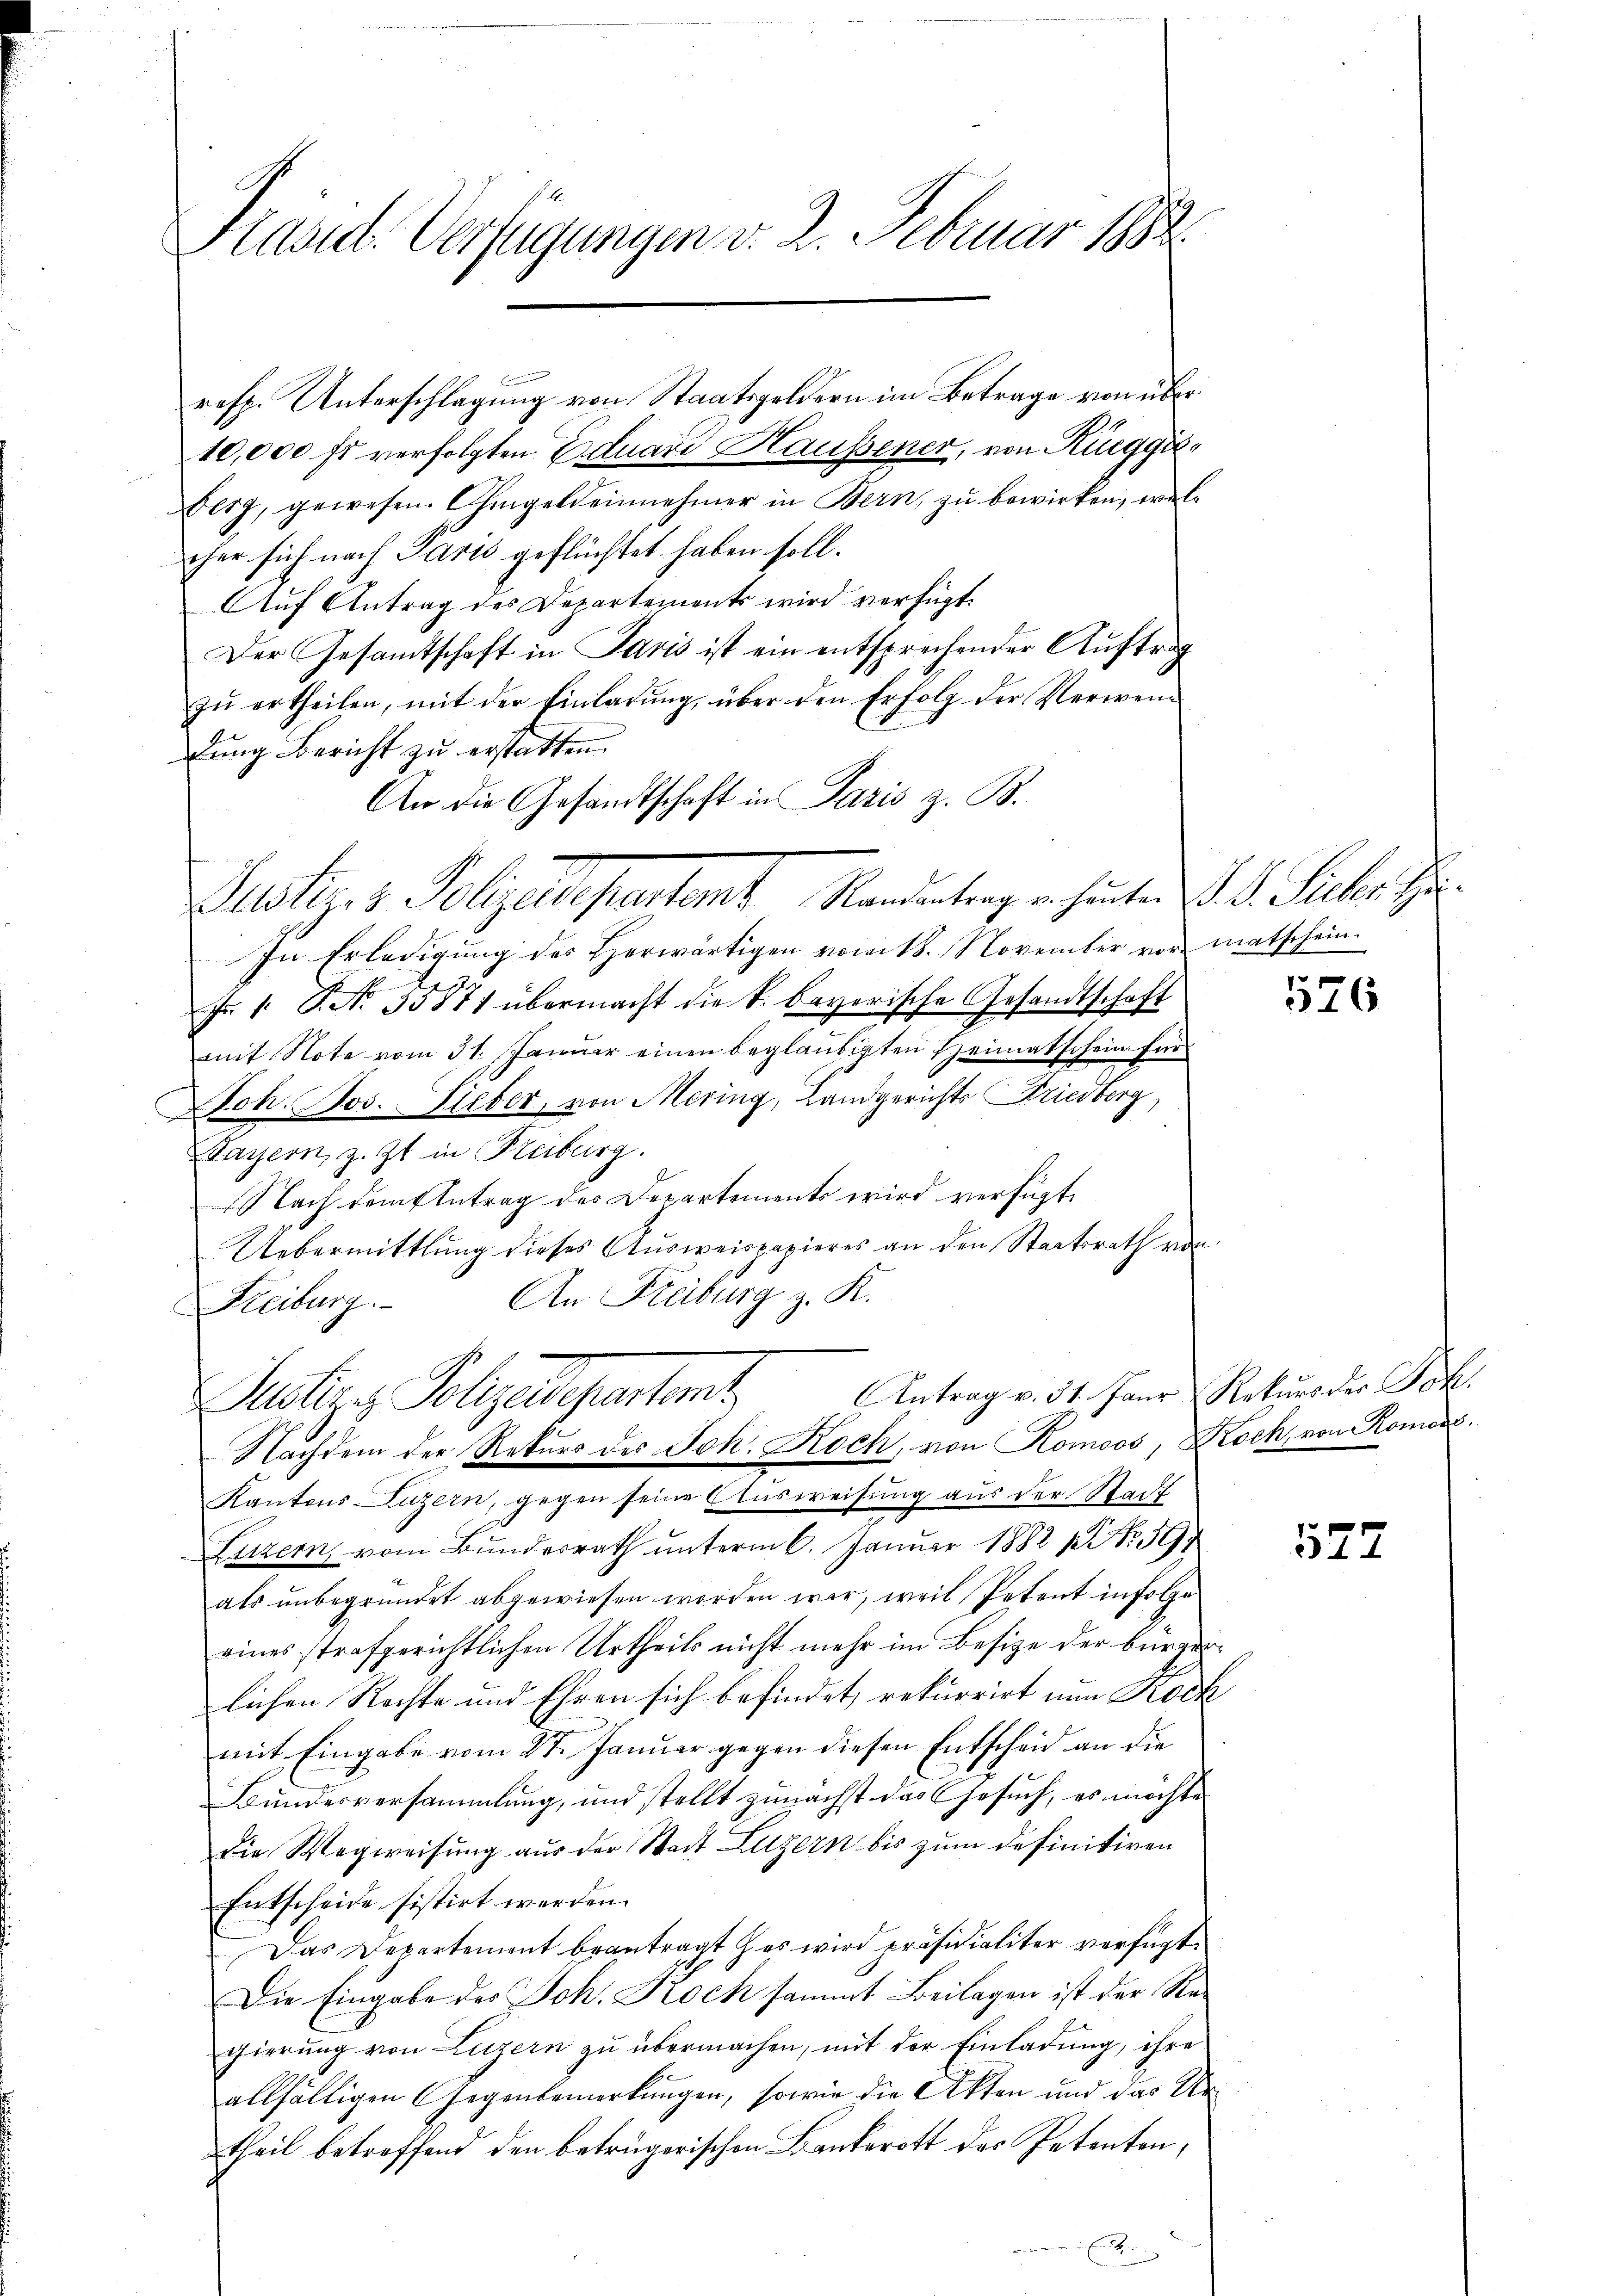
Präsidt Verfügungen v. 2. Februar 182

resp. Unterschlagung von Staatsgeldern im Betrage von über
10,000 fr verfolgten Eduard Haussener, von Rüeggi
berg, gewesen. Ohmgeldeinnehmer in Bern, zu bewirken, welcher sich nach Paris geflüchtet haben soll.
Aŭf Antrag des Departements wird verfügt:
Der Gesandtschaft in Paris ist ein entsprechender Auftrag
zŭ ertheilen, mit der Einladŭng, über den Erfolg der Verwendung Bericht zu erstatten.
An die Gesandtschaft in Paris z. B.
In Erledigung des Herwärtigen vom 18. November vor matschein¬
Fr. 1. P. No. 35871 übermacht die k. bayerische Gesandtschaft
mit Note vom 31. Januar einen beglaubigten Heimatschein fin¬
Doh. Jos. Lieber, von Mering, Landgerichts Friedberg,
Tayern, z. Zt. in Freiburg.
Nach dem Antrag des Departements wird verfügte
Uebermittlung dieses Ausweispapieres an den Staatsrath von
An Freiburg z. K.
Reiburg.
Antrag v. 31. Janr. Rekurs der Joh.
Aeutige Vollzulegenstant
Nachdem der Rekurs des Joh. Koch, von Komoos, Koch, von Romode
Kantons Luzern, gegen seine Ausweisung aus der Stadt
Luzern, vom Bundesrath unterm 6. Januar 1882 (Nr. 509
als unbegründet abgewiesen worden wir, weil Petent infolge
eines strafgerichtlichen Urtheils nicht mehr im Besize der bürgerlichen Rechte und Ehren sich befindet, rekurrirt nun Rock
mit Eingabe vom 27. Januar gegen diesen Entscheid an die
Bundesversammlung, und stellt zunächst das Gesuch, es möchte
die Wegweisung aus der Stadt Luzern bis zum definitiven
Entscheide sistirt werden.
Das Departement beantragt es wird präsidialiter verfügt:
Die Eingabe des Joh. Koch sammt Beilagen ist der Regierung von Luzern zu übermachen, mit der Einladung, ihre
allfälligen Gegenbemerkungen, sowie die Akten und das Urtheil betreffend den betrügerischen Bankerott des Petenten,

Justiz & Polizeidiguentent Randentrag in heuten d. d. Sicher Ju

526

572